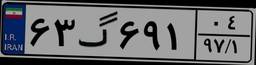
۰۵گ۴۸۸۸۸